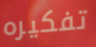
تفكيره